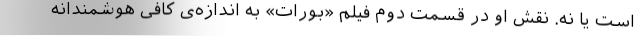
است یا نه. نقش او در قسمت دوم فیلم «بورات» به اندازه‌ی کافی هوشمندانه